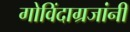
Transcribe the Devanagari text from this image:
गोविंदाग्रजांनी